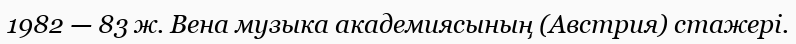
1982 — 83 ж. Вена музыка академиясының (Австрия) стажері.